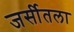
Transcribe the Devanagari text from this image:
जर्सीतला